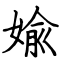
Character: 婾